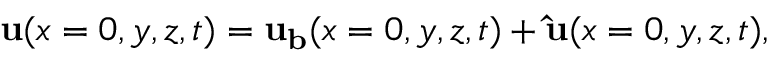
{ \bf { u } } ( x = 0 , y , z , t ) = { \bf { u _ { b } } } ( x = 0 , y , z , t ) + { \bf { \hat { u } } } ( x = 0 , y , z , t ) ,